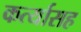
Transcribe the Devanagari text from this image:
कर्त्यासह